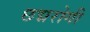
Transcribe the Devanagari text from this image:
छद्मरोगी